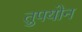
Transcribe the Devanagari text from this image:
तुपयोन